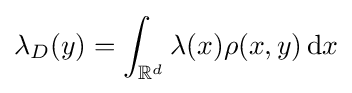
\lambda _{D}(y)=\int _{\mathbb {R} ^{d}}\lambda (x)\rho (x,y)\,\mathrm {d} x